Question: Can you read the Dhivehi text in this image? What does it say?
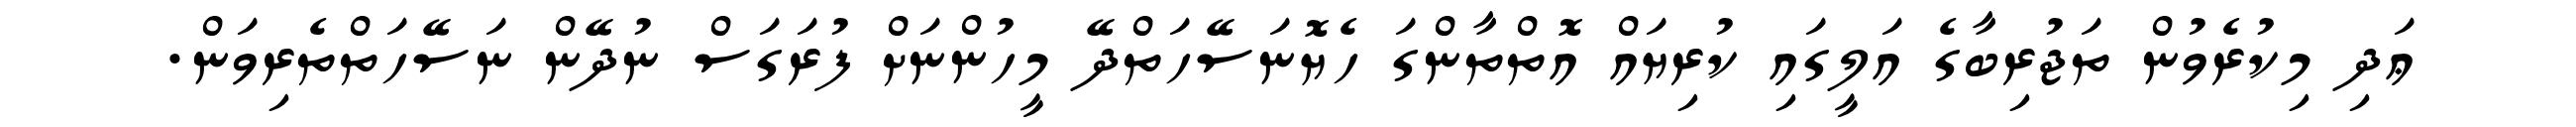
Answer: ޢަދި މިކުރެވުން ތަޖުރިބާގެ އަލީގައި ކުރިޔައް އޮތްތާންގަ ހެޔޮނަސޭހަތްދޭ މީހުންނަށް ފުރަގަސް ނުދޭން ނަސޭހަތްތެރިވަން.